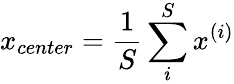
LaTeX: x_{center}=\frac 1S\sum_{i}^{S}x^{(i)}